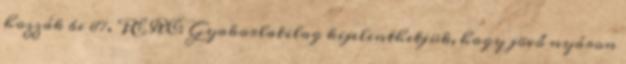
hozzák be 87. PERC: Gyakorlatilag kijelenthetjük, hogy jövő nyáron